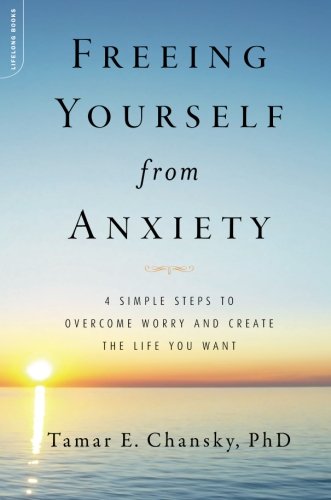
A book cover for Freeing Yourself from Anxiety: 4 Simple Steps to Overcome Worry and Create the Life You Want; Tamar E. Chansky; Self-Help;